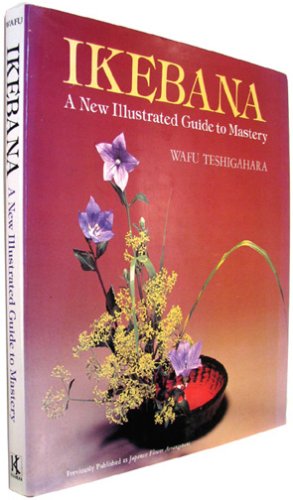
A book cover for Ikebana: a New Illustrated Guide to Mastery; Wafu Teshigahara; Crafts, Hobbies & Home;